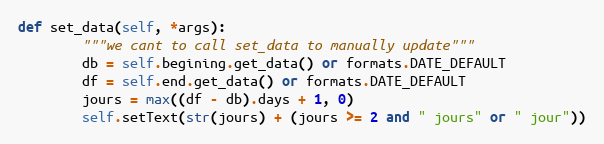
Language: Python
def set_data(self, *args):
        """we cant to call set_data to manually update"""
        db = self.begining.get_data() or formats.DATE_DEFAULT
        df = self.end.get_data() or formats.DATE_DEFAULT
        jours = max((df - db).days + 1, 0)
        self.setText(str(jours) + (jours >= 2 and " jours" or " jour"))